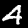
Label: 4